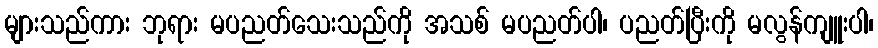
များသည်ကား ဘုရား မပညတ်သေးသည်ကို အသစ် မပညတ်ပါ၊ ပညတ်ပြီးကို မလွန်ကျူးပါ၊